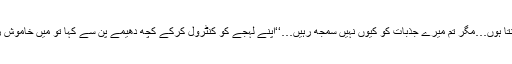
’’جانتا ہوں…مگر تم میرے جذبات کو کیوں نہیں سمجھ رہیں…‘‘اپنے لہجے کو کنٹرول کرکے کچھ دھیمے پن سے کہا تو میں خاموش رہی۔